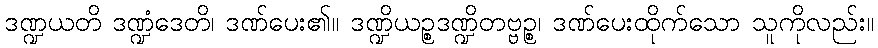
ဒဏ္ဍယတိ ဒဏ္ဍံဒေတိ၊ ဒဏ်ပေး၏။ ဒဏ္ဍိယဉ္စဒဏ္ဍိတဗ္ဗဉ္စ၊ ဒဏ်ပေးထိုက်သော သူကိုလည်း။